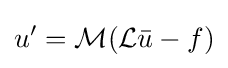
u'={\mathcal {M}}({\mathcal {L}}{\bar {u}}-f)